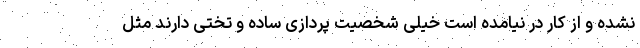
نشده و از کار در نیامده است خیلی شخصیت پردازی ساده و تختی دارند مثل